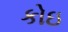
કોઇ